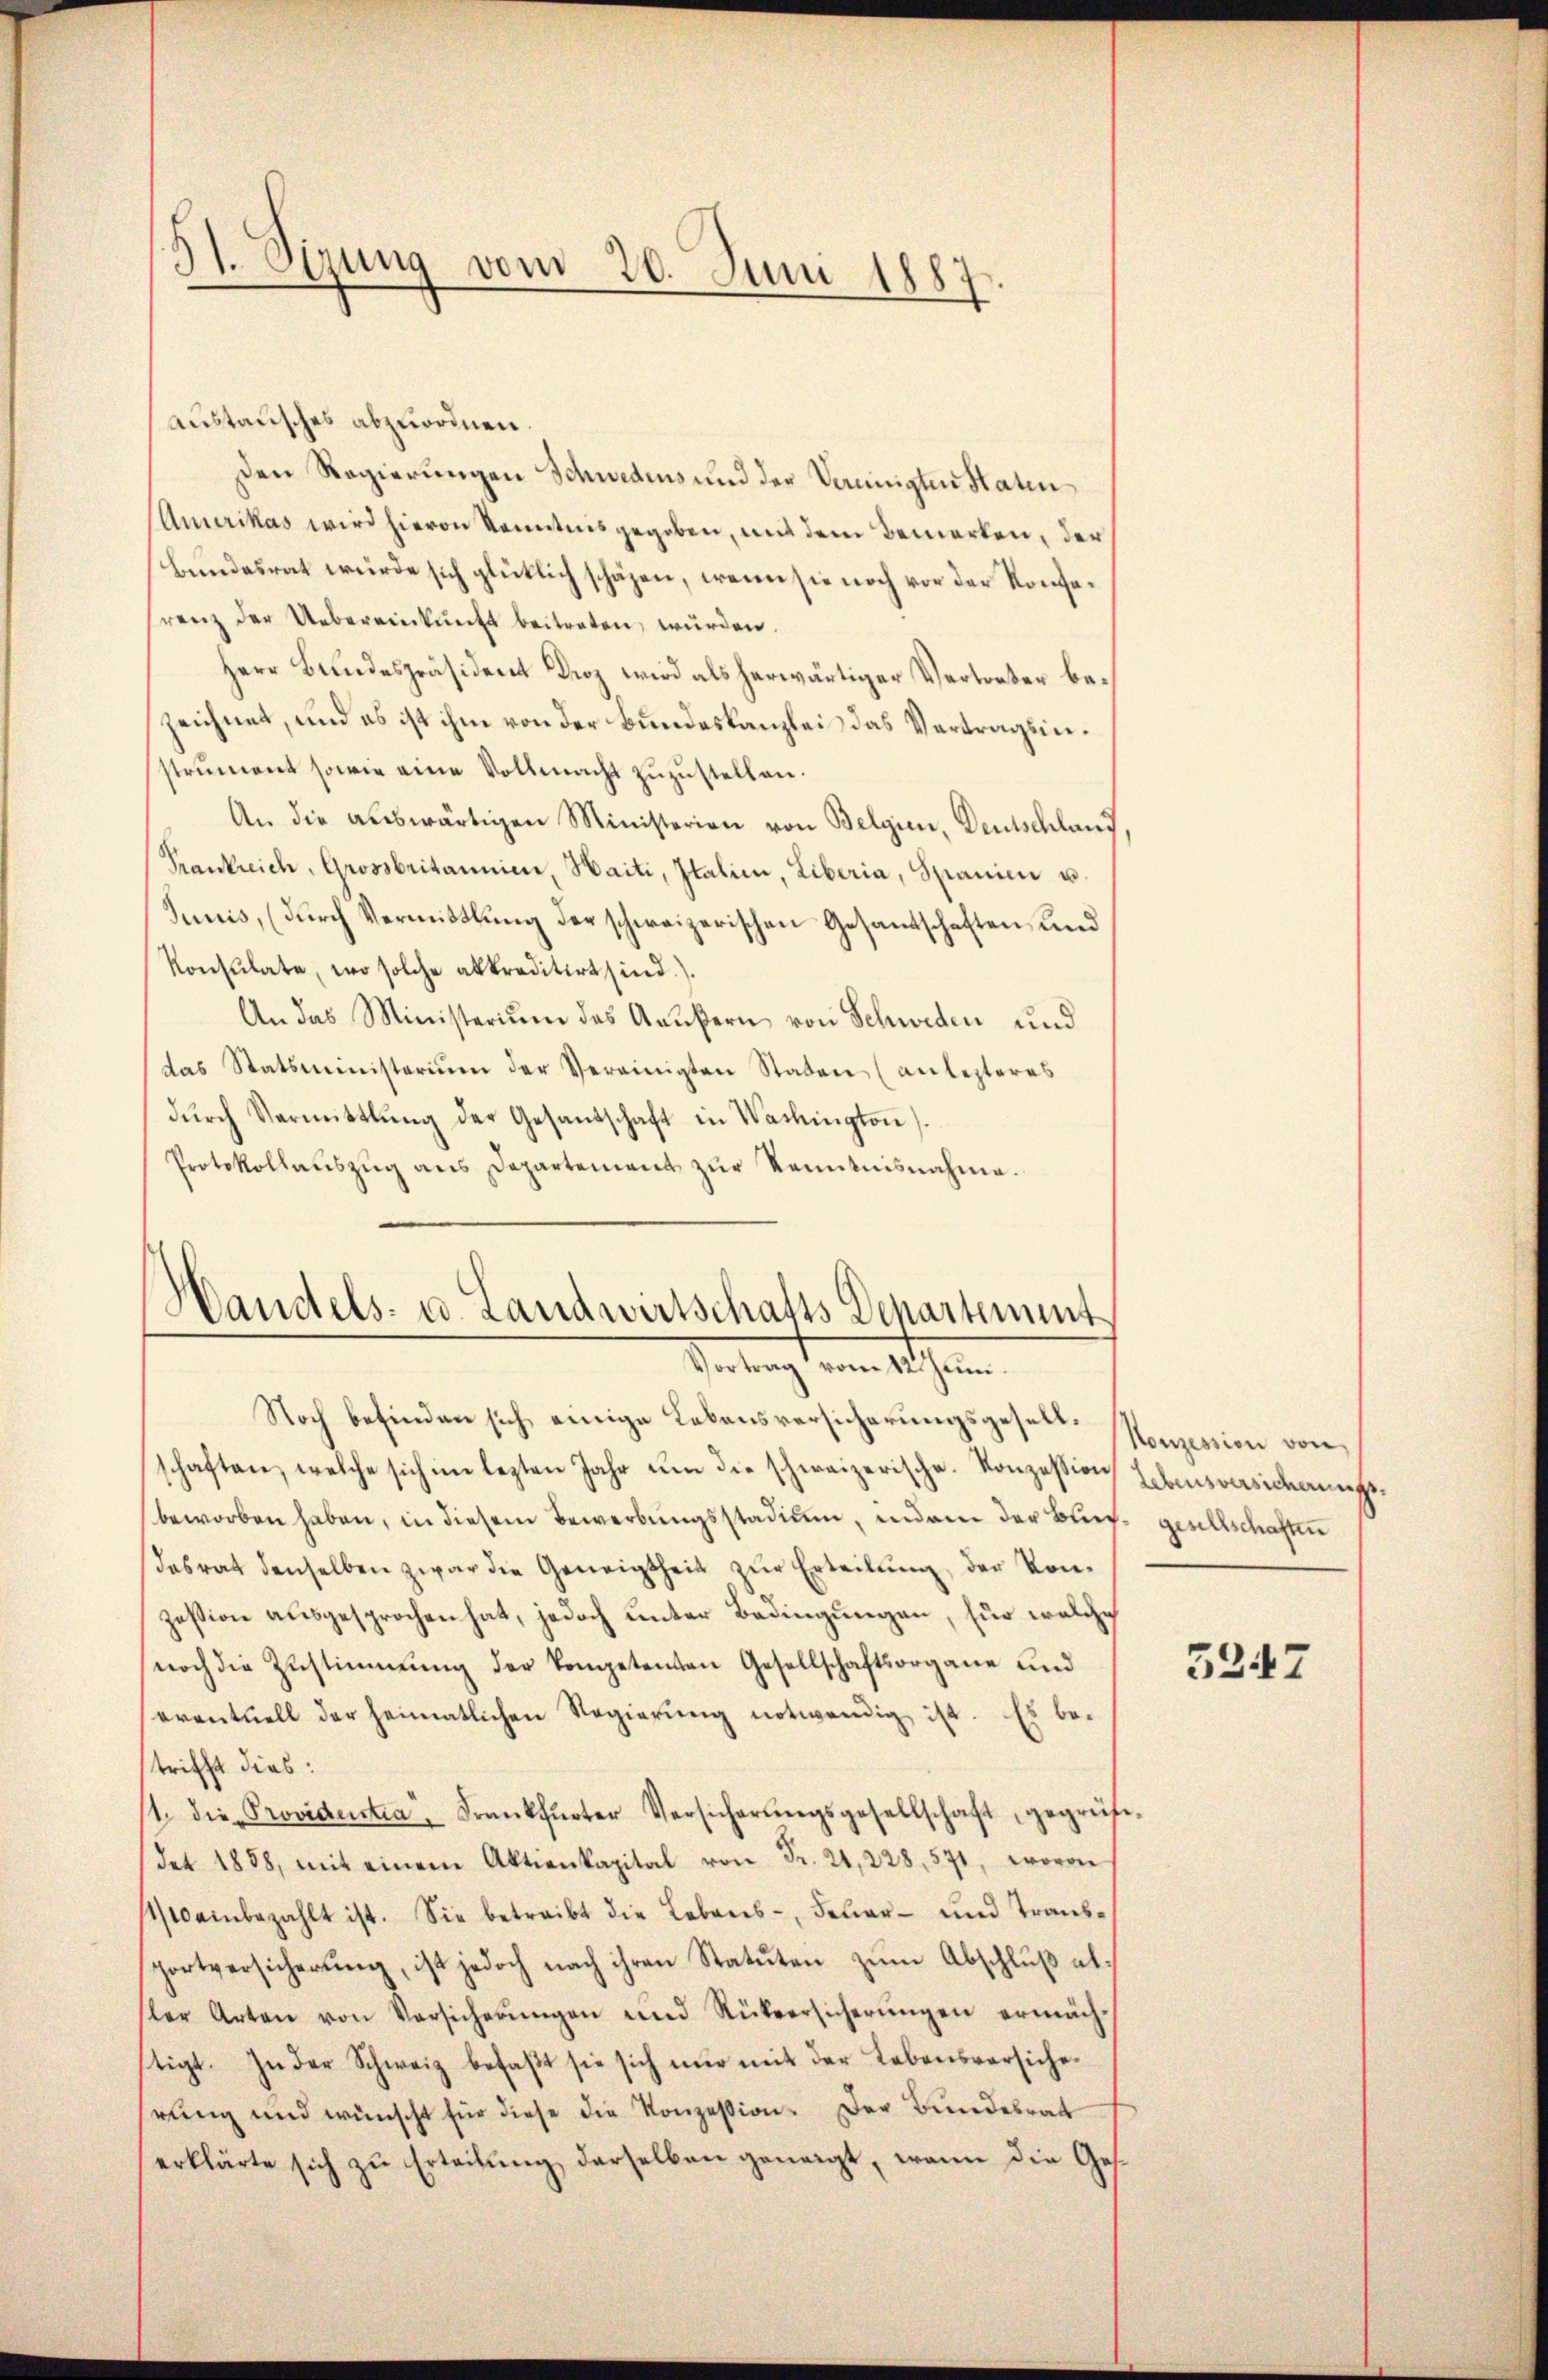
51. Sizung vom 20. Juni 1887.

austausches abzuordnen.
den Regierungen Schwedens und der Vereinigten Staten
Amerikas wird hievon Kenntnis gegeben, mit dem Bemerken, der
Bundesrat wurde sich glücklich schäzen, wenn sie noch vor der Konferenz der Uebereinkunft beitreten würden.
Herr Bundespräsident Droz wird als herwärtiger Vertreter bezeichnet, und es ist ihm von der Bundeskanzlei das Vertragsinstrument sowie eine Vollmacht zuzustellen.
An die auswärtigen Ministerien von Belgien, Deutschland
Trankreich, Grossbritannien, Haiti, Italien, Liberia, Spanien u.
Junis, (durch Vermittlung der schweizerischen Gesandschaften und
Konsulate, wo solche abkreditirt sind.).
An das Ministerium des Aeußern von Schweden und
das Statsministerium der Vereinigten Staden (an lezteres
dŭrch Vermittlung der Gesandschaft in Wachington).
Protokollaŭszŭg ans Departement zŭr Kenntnisnahme.

Handels- u. Landwirtschafts Departement
Vertragt von Altern
Noch befinden sich einige Lebensversicherungsgesetz-Monzession von

schaften, welche sich im lezten Jahr um die schweizerische Konzession Lebensversicherungsbeworben haben, in diesem Bewerbungsstadium, indem der Buch gesellschaften
dasrat denselben zwar die Geneigtheit zŭr Erteilŭng, der Konzession ausgesprochen hat, jedoch unter Bedingungen, für welche
noch die Zustimmung der kompetenten Gesellschaftsorgane und
eventuell der heimatlichen Regierŭng notwendig ist. Es be-
trifft dies:
11. die Providentia, Frankfurter Versicherŭngsgesellschaft geprüfe-
det 1858, mit einem Aktienkapital von Fr. 21, 228, 571, wovon
1 einbezahlt ist. Sie betreibt die Lebens-, Feŭer- und Transportversicherŭng, ist jedoch nach ihren Statuten zŭm Abschlŭβ alsler Arten von Versicherŭngen und Rückversicherungen ermächtigt. In der Schweiz befaßt sie sich nur mit der Lebensvorsicherung und wünscht für diese die Konzession. Der Bundesrat
erklärte sich zŭ Erteilŭng derselben geneigt, wenn die Ges.

5347